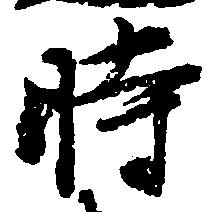
時